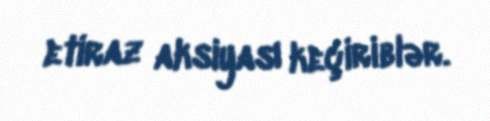
etiraz aksiyası keçiriblər.